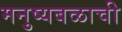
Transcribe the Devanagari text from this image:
मनुष्यबळाची